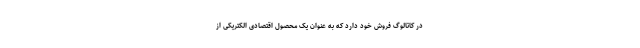
در کاتالوگ فروش خود دارد که به عنوان یک محصول اقتصادی الکتریکی از